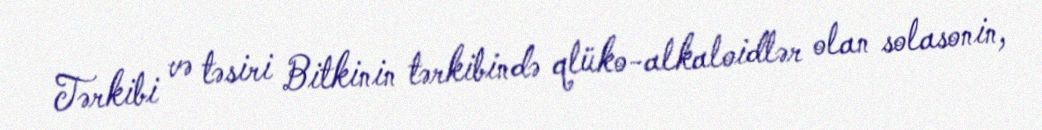
Tərkibi və təsiri Bitkinin tərkibində qlüko-alkaloidlər olan solasonin,